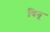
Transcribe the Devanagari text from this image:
बिनू